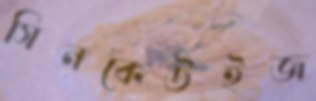
সিনকেউইজ